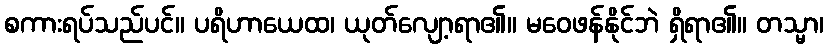
စကားရပ်သည်ပင်။ ပရိဟာယေထ၊ ယုတ်လျော့ရာ၏။ မဝေဖန်နိုင်ဘဲ ရှိရာ၏။ တသ္မာ၊